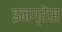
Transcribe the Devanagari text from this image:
इनग्रेस